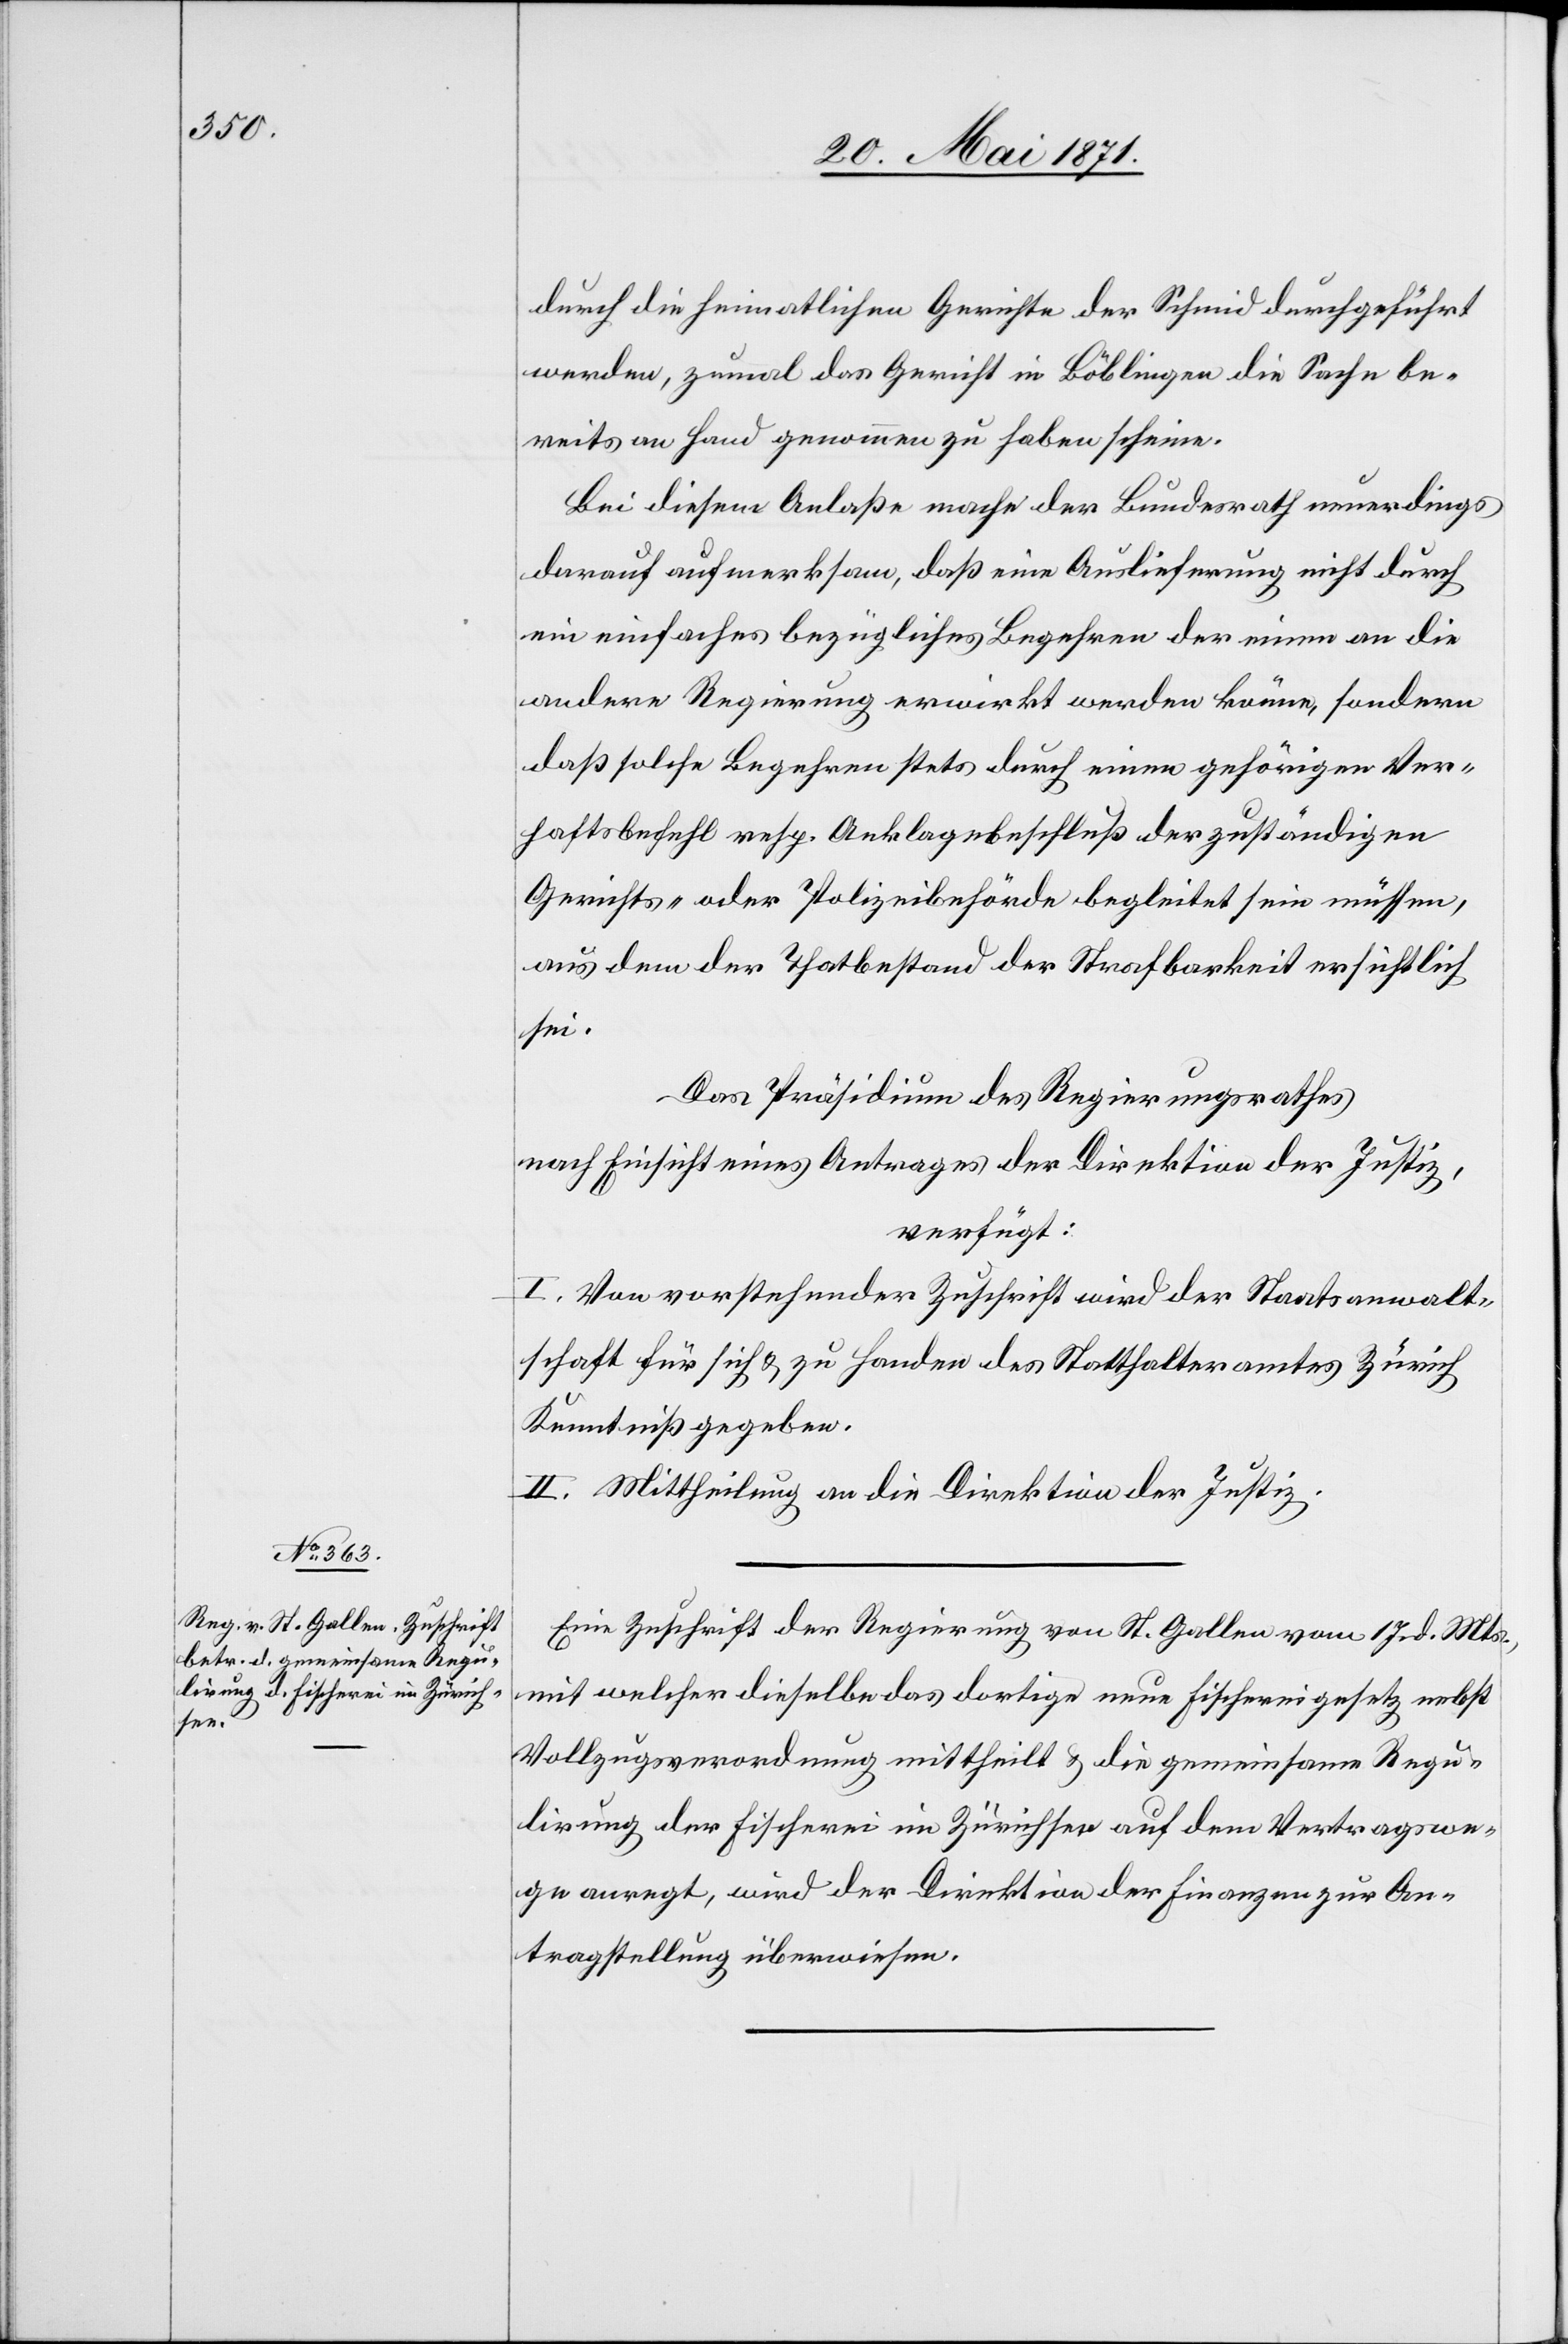
23. Mai 1871.]
durch die heimatlichen Gerichte der Schmid durchgeführt
werden, zumal das Gericht in Böblingen die Sache be¬
reits an Hand genommen zu haben scheine.
Bei diesem Anlaße mache der Bundesrath neuerdings
darauf aufmerksam, daß eine Auslieferung nicht durch
ein einfaches bezügliches Begehren der einen an die
andere Regierung erwirkt werden könne, sondern
daß solche Begehren stets durch einen gehörigen Ver¬
haftsbefehl resp. Anklagebeschluß der zuständigen
Gerichts- oder Polizeibehörde begleitet sein müssen,
aus dem der Thatbestand der Strafbarkeit ersichtlich
sei.
Das Präsidium des Regierungsrathes
nach Einsicht eines Antrages der Direktion der Justiz,
verfügt:
I. Von vorstehender Zuschrift wird der Staatsanwalt¬
schaft für sich u. zu Handen des Statthalteramtes Zürich
Kenntniß gegeben.
II. Mittheilung an die Direktion der Justiz.
Eine Zuschrift der Regierung von St. Gallen vom 17. d. Mts.,
mit welcher dieselbe das dortige neue Fischereigesetz nebst
Vollzugsverordnung mittheilt u. die gemeinsame Regu¬
lirung der Fischerei im Zürichsee auf dem Vertragswe¬
ge anregt, wird der Direktion der Finanzen zur An¬
tragstellung überwiesen.